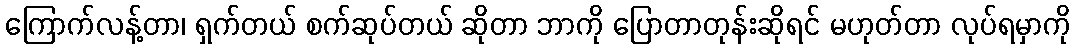
ကြောက်လန့်တာ၊ ရှက်တယ် စက်ဆုပ်တယ် ဆိုတာ ဘာကို ပြောတာတုန်းဆိုရင် မဟုတ်တာ လုပ်ရမှာကို